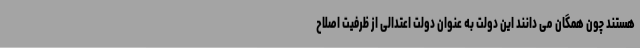
هستند چون همگان می دانند این دولت به عنوان دولت اعتدالی از ظرفیت اصلاح